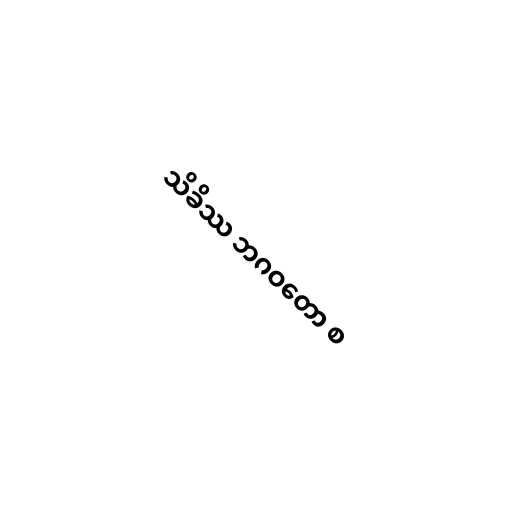
သိခိဿ ဘဂဝတော စ